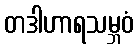
တဒါဟာရသမ္ဘဝံ